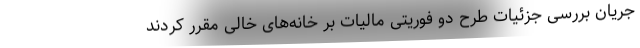
جریان بررسی جزئیات طرح دو فوریتی مالیات بر خانه‌های خالی مقرر کردند